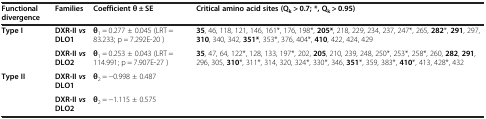
<table><thead><tr><td><b>Functional divergence</b></td><td><b>Families</b></td><td><b>Coefficient θ ± SE</b></td><td><b>Critical amino acid sites (Q<sub>k</sub> &gt; 0.7; *, Q<sub>k</sub> &gt; 0.95)</b></td></tr></thead><tbody><tr><td><b>Type I</b></td><td><b>DXR-II </b><b><i>vs </i></b><b>DLO1</b></td><td><b>θ</b><sub>1</sub> = 0.277 ± 0.045 (LRT = 83.233; p = 7.292E-20 )</td><td><b>35</b>, 46, 118, 121, 146, 161*, 176, 198*, <b>205*</b>, 218, 229, 234, 237, 247*, 265, <b>282</b>*, <b>291</b>, 297, <b>310</b>, 340, 342, <b>351*</b>, 353*, 376, 404*, <b>410</b>, 422, 424, 429</td></tr><tr><td> </td><td><b>DXR-II </b><b><i>vs </i></b><b>DLO2</b></td><td><b>θ</b><sub>1</sub> = 0.253 ± 0.043 (LRT = 114.991; p = 7.907E-27 )</td><td><b>35</b>, 47, 64, 122*, 128, 133, 197*, 202, <b>205</b>, 210, 239, 248, 250*, 253*, 258*, 260, <b>282</b>, <b>291</b>, 296, 305, <b>310</b>*, 311*, 314, 320, 324*, 330*, 346, <b>351</b>*, 359, 383*, <b>410</b>*, 413, 428*, 432</td></tr><tr><td><b>Type II</b></td><td><b>DXR-II </b><b><i>vs </i></b><b>DLO1</b></td><td><b>θ</b><sub>2</sub> = −0.998 ± 0.487</td><td> </td></tr><tr><td> </td><td><b>DXR-II </b><b><i>vs </i></b><b>DLO2</b></td><td><b>θ</b><sub>2</sub> = −1.115 ± 0.575</td><td> </td></tr></tbody></table>